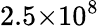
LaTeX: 2.5×10^{8}